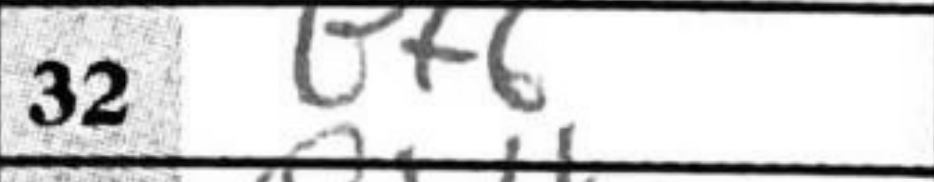
Transcription: Bf6